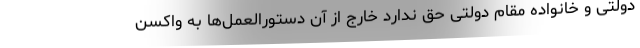
دولتی و خانواده مقام دولتی حق ندارد خارج از آن دستورالعمل‌ها به واکسن